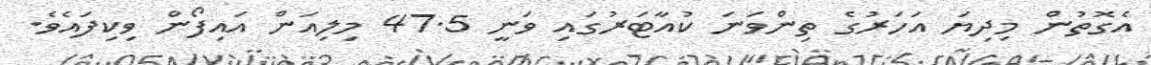
އެގޮތުން މިދިޔަ އަހަރުގެ ތިންވަނަ ކުއާޓަރުގައި ވަނީ 47.5 މިލިއަން އައިފޯން ވިކިފައެވެ.